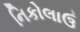
નિકોલાઉ